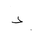
Letter: _dal